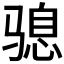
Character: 𮹍